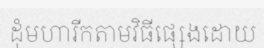
ដុំមហារីកតាមវិធីផ្សេងដោយ